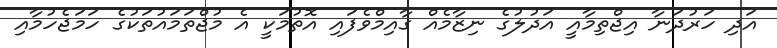
އަދި ހަރުދަނާ އިޖްތިމާއީ އަދުލުގެ ނިޒާމެއް ގާއިމްވެފައި އޮތުމަކީ އެ މުޖްތަމައުތަކުގެ ހަމަޖެހުމާއި